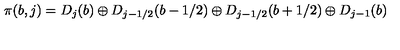
\pi ( b , j ) = D _ { j } ( b ) \oplus D _ { j - 1 / 2 } ( b - 1 / 2 ) \oplus D _ { j - 1 / 2 } ( b + 1 / 2 ) \oplus D _ { j - 1 } ( b )